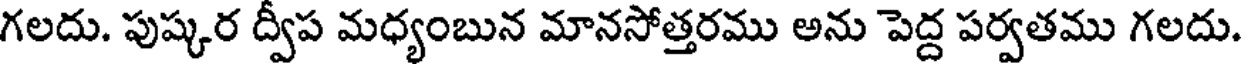
గలదు. పుష్కర ద్వీప మధ్యంబున మానసోత్తరము అను పెద్ద పర్వతము గలదు.